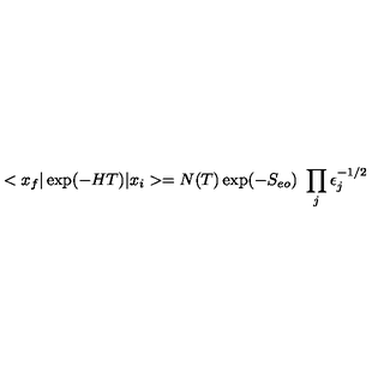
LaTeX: < x _ { f } \vert \exp ( - H T ) \vert x _ { i } > = N ( T ) \exp ( - S _ { e o } ) \ \prod _ { j } \epsilon _ { j } ^ { - 1 / 2 }